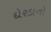
દોરડાનો